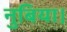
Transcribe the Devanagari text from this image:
नुबिया।